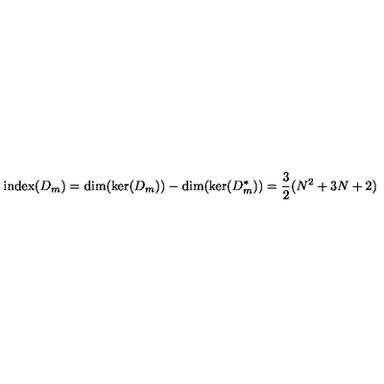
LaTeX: \mathrm { i n d e x } ( D _ { m } ) = \mathrm { d i m } ( \mathrm { k e r } ( D _ { m } ) ) - \mathrm { d i m } ( \mathrm { k e r } ( D _ { m } ^ { * } ) ) = \frac { 3 } { 2 } ( N ^ { 2 } + 3 N + 2 )